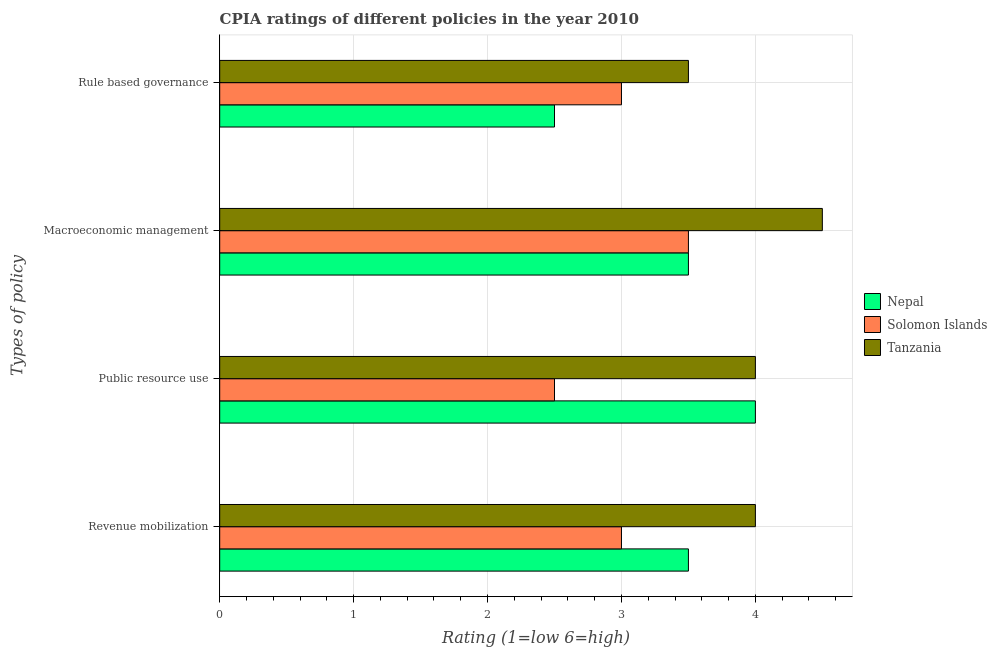
| Types of policy | Nepal | Solomon Islands | Tanzania |
 | --- | --- | --- | --- |
 | Revenue mobilization | 3.5 | 3 | 4 |
 | Public resource use | 4 | 2.5 | 4 |
 | Macroeconomic management | 3.5 | 3.5 | 4.5 |
 | Rule based governance | 2.5 | 3 | 3.5 |